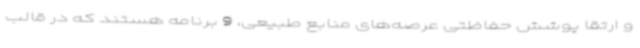
و ارتقا پوشش حفاظتی عرصه‌های منابع طبیعی، 9 برنامه هستند که در قالب